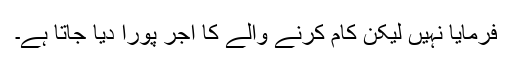
فرمایا نہیں لیکن کام کرنے والے کا اجر پورا دیا جاتا ہے۔